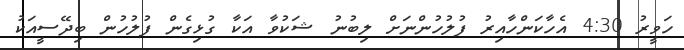
ހަވީރު 4:30 އެހާކަންހާއިރު ފުލުހުންނަށް ލިބުނު ޝަކުވާ އަކާ ގުޅިގެން ފުލުހުން ބިދޭސީއަކު